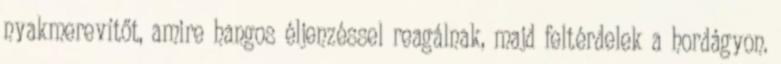
nyakmerevítőt, amire hangos éljenzéssel reagálnak, majd feltérdelek a hordágyon.